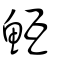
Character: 魱